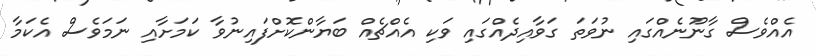
އެއްވެސް ގާނޫނެއްގައި ނުވަތަ ގަވާއިދެއްގައި ވަކި އެއްޗެއް ބަޔާންކޮށްފައިނުވާ ކަމަށާއި ނަމަވެސް އެކަމާ